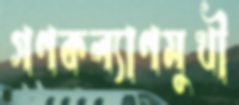
গণকল্যাণমুখী